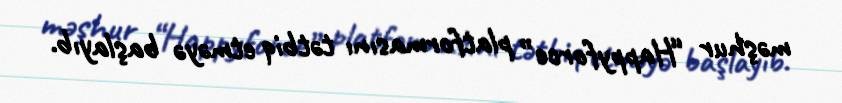
məşhur “Happyforce” platformasını tətbiq etməyə başlayıb.